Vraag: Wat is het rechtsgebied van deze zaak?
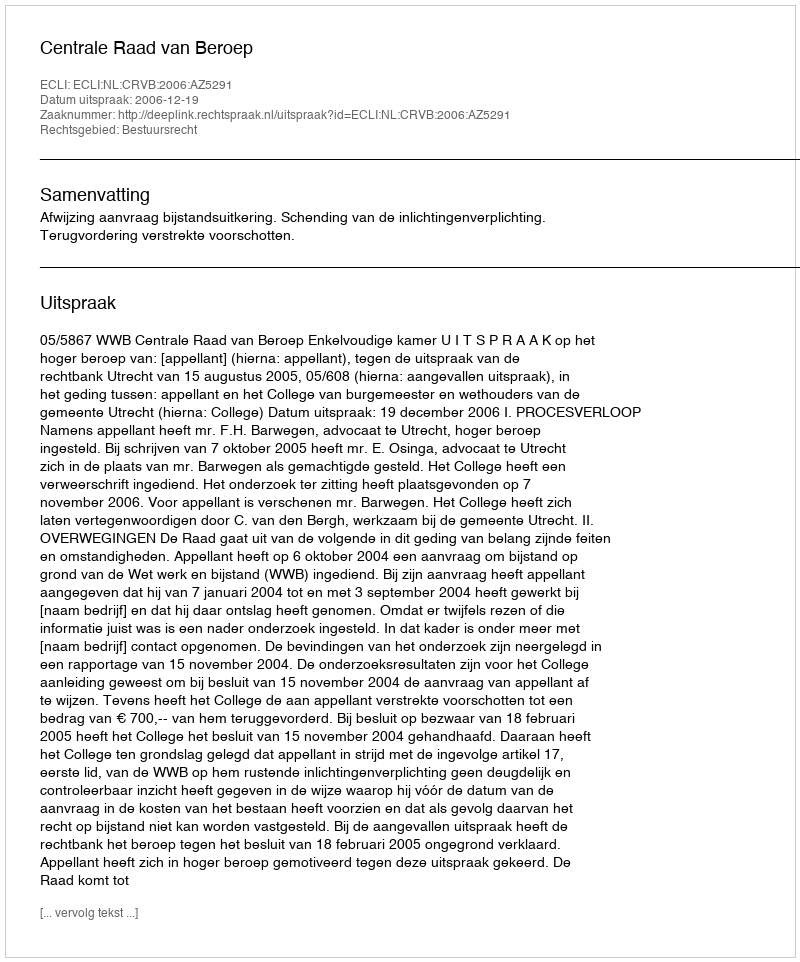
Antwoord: Bestuursrecht